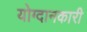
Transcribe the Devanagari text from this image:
योग्दानकारी